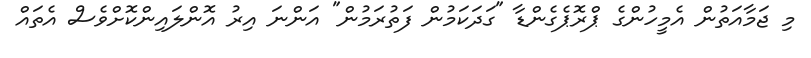
މި ޖަމާއަތުން އެމީހުންގެ ޕްރޮޕެގެންޑާ "ގަދަކަމުން ފަތުރަމުން" އަންނަ އިރު އޮންލައިންކޮށްވެސް އެތައް